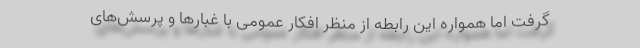
گرفت اما همواره این رابطه از منظر افکار عمومی با غبارها و پرسش‌های